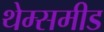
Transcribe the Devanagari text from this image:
थेम्समीड